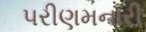
પરીણમનારી